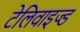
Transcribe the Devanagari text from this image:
टेलिवाइज्ड